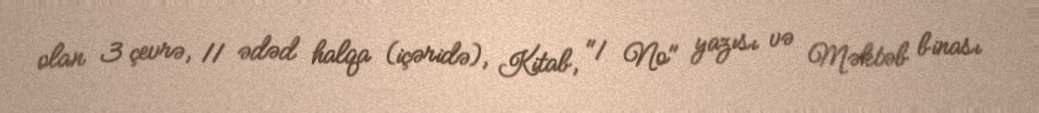
olan 3 çevrə, 11 ədəd halqa (içəridə), Kitab, "1 №" yazısı və Məktəb binası